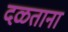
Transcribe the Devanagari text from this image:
दळताना